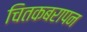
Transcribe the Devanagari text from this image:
चितकबरापन